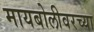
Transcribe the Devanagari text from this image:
मायबोलीवरच्या